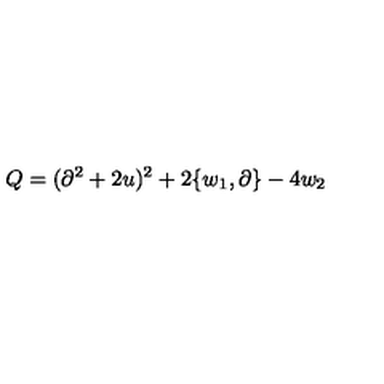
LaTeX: Q = ( \partial ^ { 2 } + 2 u ) ^ { 2 } + 2 \{ w _ { 1 } , \partial \} - 4 w _ { 2 }